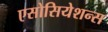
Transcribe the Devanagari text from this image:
एसोसियेशन्स